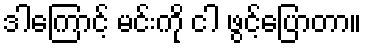
ဒါကြောင့် မင်းကို ငါ ဖွင့်ပြောတာ။